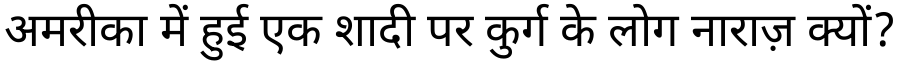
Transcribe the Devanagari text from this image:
अमरीका में हुई एक शादी पर कुर्ग के लोग नाराज़ क्यों?